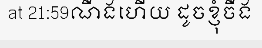
at 21:59ណឹងហើយ ដូចខ្ញុំចឹង